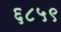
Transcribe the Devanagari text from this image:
६८५९